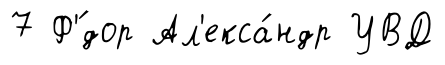
7 Ф'́дор Ал'екса́ндр УВД